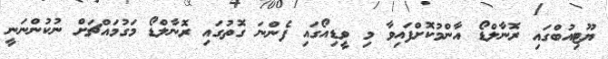
ޔޫޓިއުބްގައި ރޮނާލްޑޯ އާންމުކޮށްފައިވާ މި ވީޑިއޯގައި ފެންނަ ގޮތުގައި ރޮނާލްޑޯ މަގުމައްޗަށް ނުކުންނަނީ